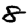
Digit: 8